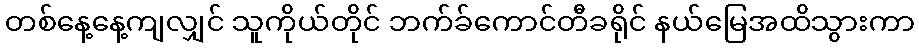
တစ်နေ့နေ့ကျလျှင် သူကိုယ်တိုင် ဘက်ခ်ကောင်တီခရိုင် နယ်မြေအထိသွားကာ